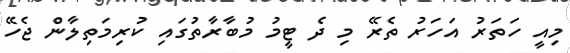
މިއީ ހަތަރު އަހަރު ތެރޭ މި ދެ ޓީމު މުބާރާތުގައި ކުރިމަތިލާން ޖެހޭ